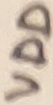
Text: VDD